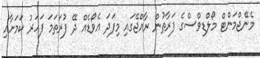
މެނޭޖްމަންޓް މޯލްޑިވްސްގެ ފަރާތުން ރާއްޖޭގައި މިފަދަ އެވޯޑެއް ދޭ ފުރަތަމަ ފަހަރު ކަމަށާއި